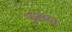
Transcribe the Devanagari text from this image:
फुलदा